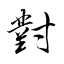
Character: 對